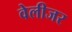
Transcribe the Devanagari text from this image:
वेलीजर